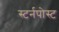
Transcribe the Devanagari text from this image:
स्टर्नपोस्ट